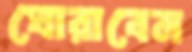
ঘোরাবেন